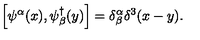
\left[ \psi ^ { \alpha } ( x ) , \psi _ { \beta } ^ { \dag } ( y ) \right] = \delta _ { \beta } ^ { \alpha } \delta ^ { 3 } ( x - y ) .